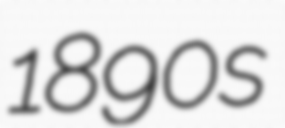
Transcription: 1890s